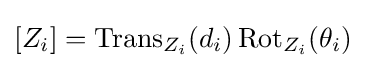
[Z_{i}]=\operatorname {Trans} _{Z_{i}}(d_{i})\operatorname {Rot} _{Z_{i}}(\theta _{i})